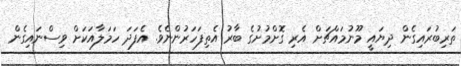
ތަރިބުރައިގެން ދިޔައީ މޫނުމައްޗަށް އެރި ގޮށްމުށުގެ ބާރު އެތިފަހަރުންނެވެ. އެފަދަ ހަމަލާއަކަށް ވިސްނައިގެން